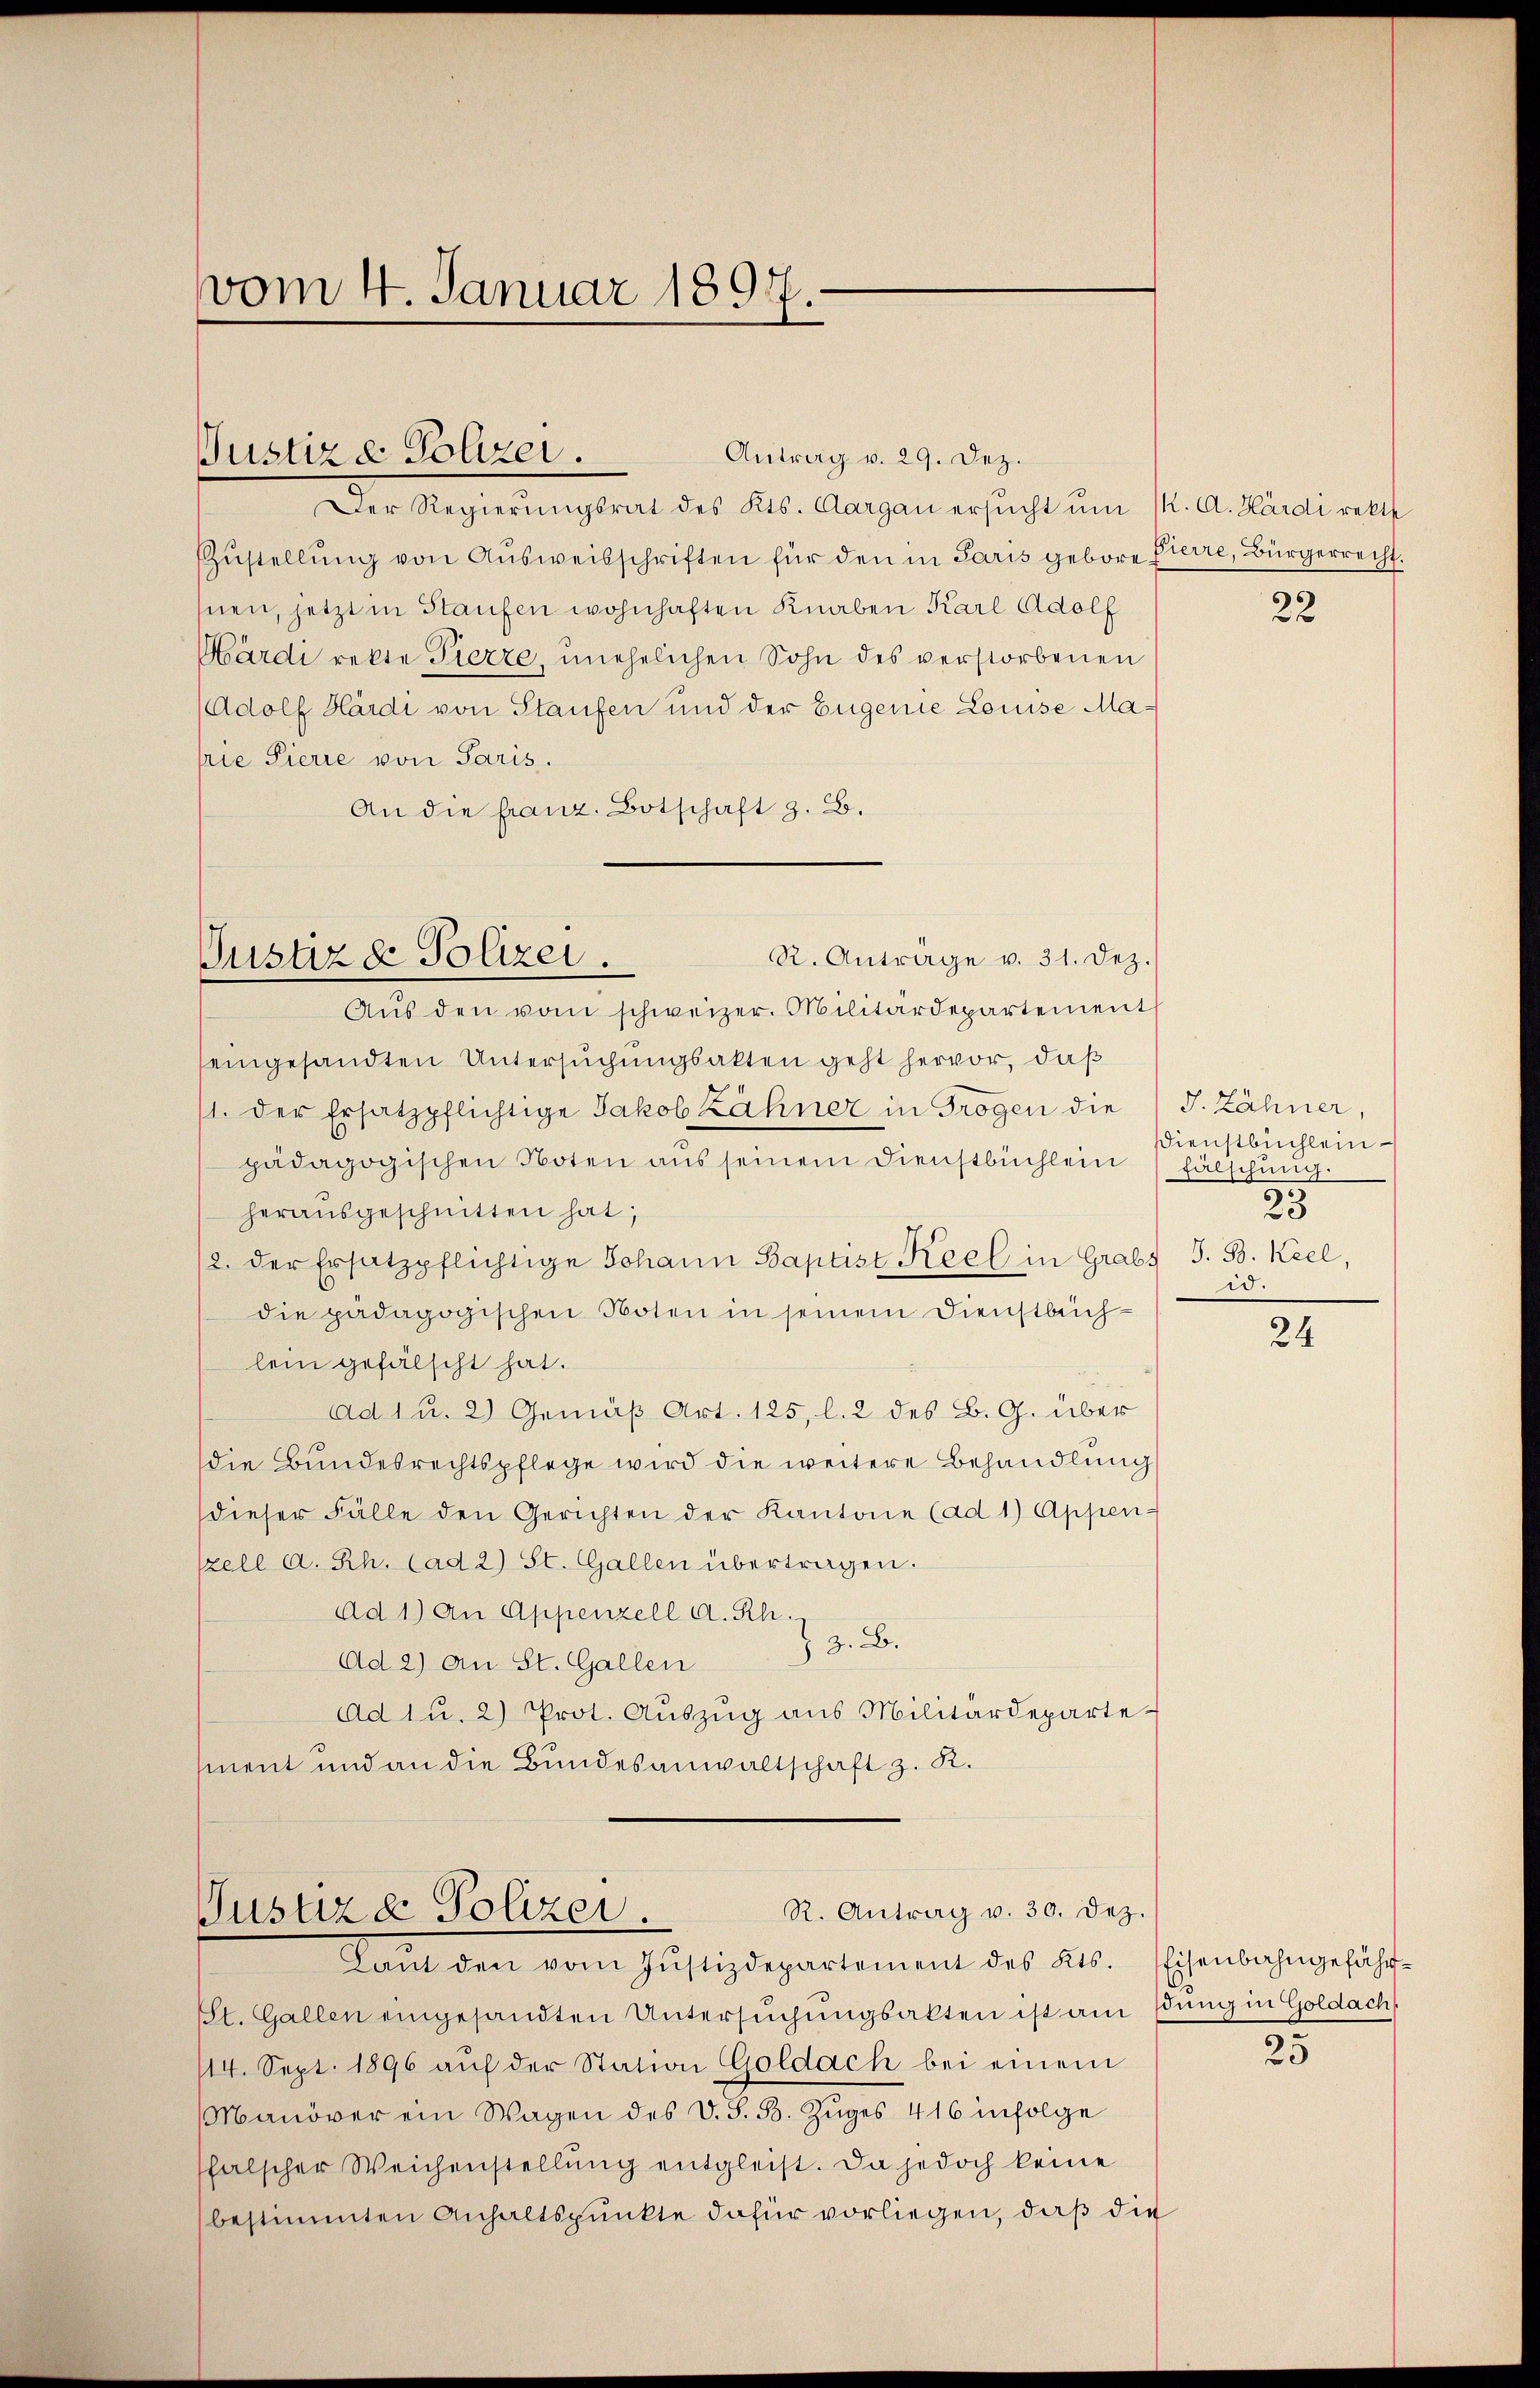
vom 4. Januar 1897.

Antrag v. 29. Dez.
Der Regierungsrat des Kts. Aargau ersŭcht ŭm 1. A. Härdirekt
ZZŭstellŭng von Aŭsweisschriften für den in Paris gebore Pierre, Bürgerrecht.
hnen, jetzt in Staufen wohnhaften Knaben Karl Adolf
Märdi rekte Tierze, unehelichen Sohn des verstorbenen
Adolf Hardi von Staufen und der Eugenie Louise Marie Pierie von Paris.
An die franz. Botschaft z. B.
Aŭs den vom schweizer. Militärdepartement
seingesandten Untersuchungsakten geht hervor, daß
11. der Ersatzpflichtige Jakob Zähner in Trogen die
pädagogischen Noten aus seinem Dienstbüchlein
heraŭsgeschnitten hat;
/2. der Ersatzpflichtige Johann Baptist Keel in Grabs J. B. Keel,
die pädagogischen Noten in seinem Dienstbuch-
lein gefälscht hat.
Ad 1 u. 2) Gemäß Art. 125, l. 2 des B. G. über
die Bundesrechtspflege wird die weitere Behandlung
dieser Fälle den Gerichten der Kantone (ad 1) Appen-
zell a. Rh. (ad 2) St. Gallen übertragen.
Ad 1) An Appenzell A. Rh.
Z z. B.
Ad 2) An St. Gallen
Ad 1 u. 2) Prot. Auszug aus Militärdepartement und an die Bundesanwaltschaft z. R.

Justiz & Polizei.

R. Anträge v. 31. Dez.
Justiz & Polizei.

R. Antrag v. 30. Dez.
Justiz & Polizei.
Lant den vom Jŭstizdepartement des Kts. Eisenbahngefähr¬

St. Gallen eingesandten Untersuchungsakten ist am Edung in Goldach
114. Sept. 1896 auf der Station Goldach bei einem
Manöver ein Wagen des V. S. B. Zŭges 416 infolge
falscher Weichenstellung entgleist. Da jedoch keine
bestimmten Anhaltspunkte dafür vorliegen, daß die

22

J. Zähner,
Dienstbüchlein
fälschung.
25
io.

24

25